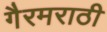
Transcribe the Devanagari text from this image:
गैरमराठी